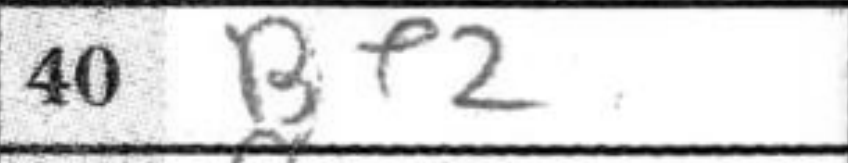
Transcription: Bf2